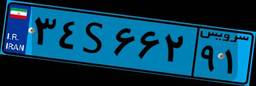
۳۴S۶۶۲۹۱